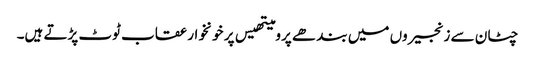
چٹان سے زنجیروں میں بند ھے پرومیتھیس پر خونخوار عقاب ٹوٹ پڑتے ہیں۔